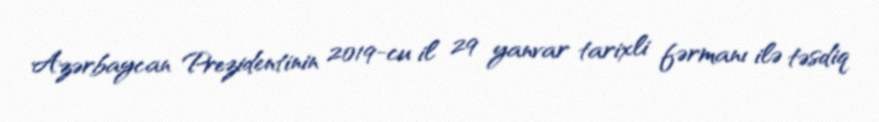
Azərbaycan Prezidentinin 2019-cu il 29 yanvar tarixli fərmanı ilə təsdiq